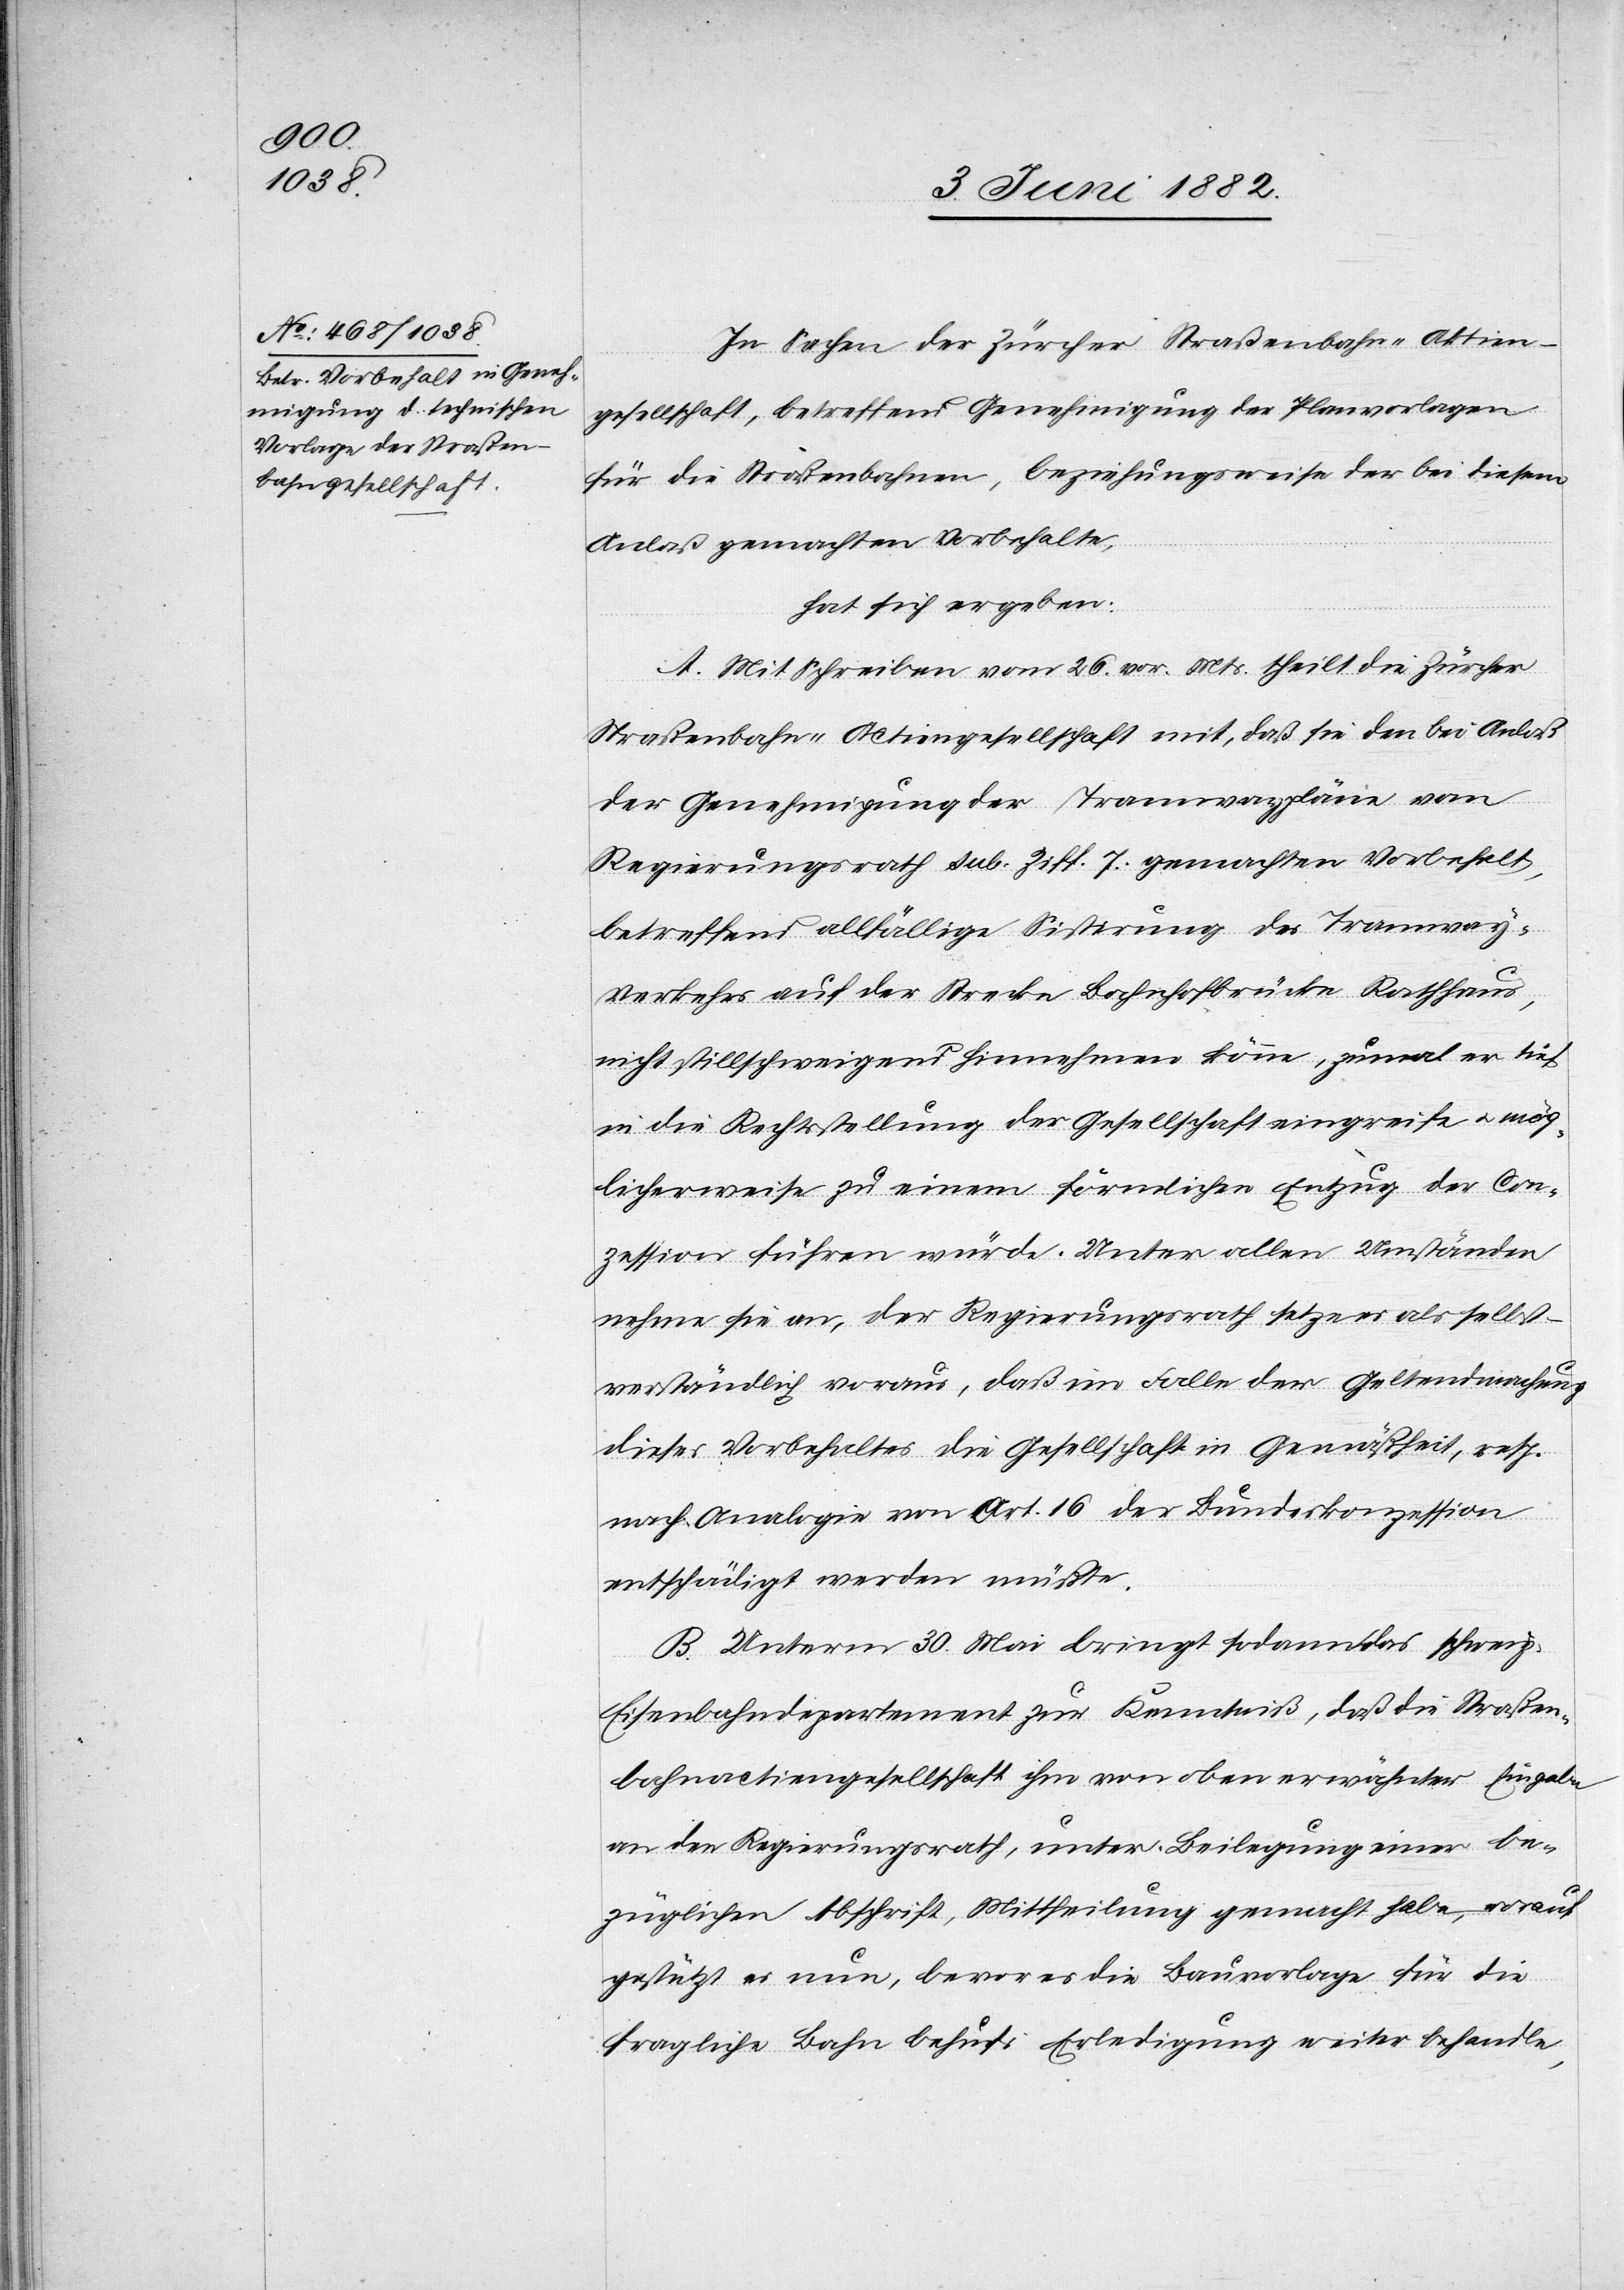
In Sachen der Zürcher Straßenbahn-Aktien¬
gesellschaft, betreffend Genehmigung der Planvorlage
für die Straßenbahnen, beziehungsweise der bei diesem
Anlaß gemachten Vorbehalte,
hat sich ergeben:
A. Mit Schreiben vom 26. vor. Mts. theilt die Züricher
Straßenbahn-Actiengesellschaft mit, daß sie den bei Anlaß
der Genehmigung der Tramwaypläne vom
Regierungsrath sub. Ziff. 7 gemachten Vorbehalt,
betreffend allfällige Sistirung des Tramway-V¬
erkehrs auf der Strecke Bahnhofbrücke[–]Rathaus,
nicht stillschweigend hinnehmen könne, zumal er tief
in die Rechtsstellung der Gesellschaft eingreife u. mög¬
licherweise zu einem förmlichen Entzug der Con¬
zession führen würde. Unter allen Umständen
nehme sie an, der Regierungsrath setze es als selbst¬
verständlich voraus, daß im Falle der Geltendmachung
dieses Vorbehaltes die Gesellschaft in Gemäßheit, resp.
nach Analogie von Art. 16 der Bundeskonzession
entschädigt werden müßte.
B. Unterm 30. Mai bringt sodann das schweiz.
Eisenbahndepartement zur Kenntniß, daß die Straßen¬
bahnactiengesellschaft ihm von oben erwähnter Eingabe
an den Regierungsrath, unter Beilegung einer be¬
züglichen Abschrift, Mittheilung gemacht habe, worauf
gestützt es nun, bevor es die Bauvorlage für die
fragliche Bahn behufs Erledigung weiter behandle,